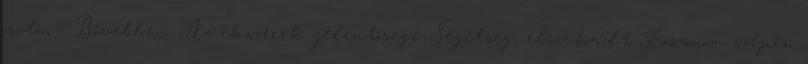
ösztön? Bővebben: Az ékszerek jelentősége Segítség, elszakadt Köszönöm szépen